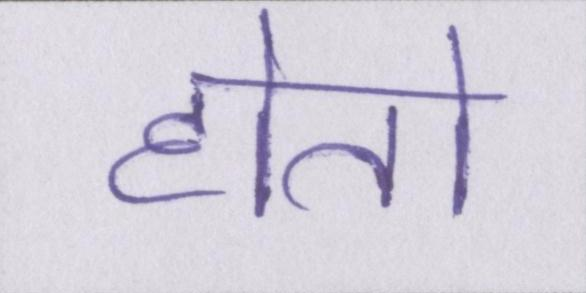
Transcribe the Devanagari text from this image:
होतो